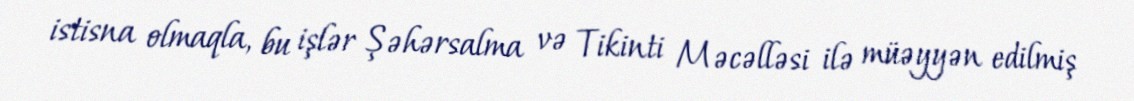
istisna olmaqla, bu işlər Şəhərsalma və Tikinti Məcəlləsi ilə müəyyən edilmiş